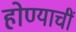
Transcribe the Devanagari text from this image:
होण्याचीं